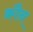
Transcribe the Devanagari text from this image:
क्रौन